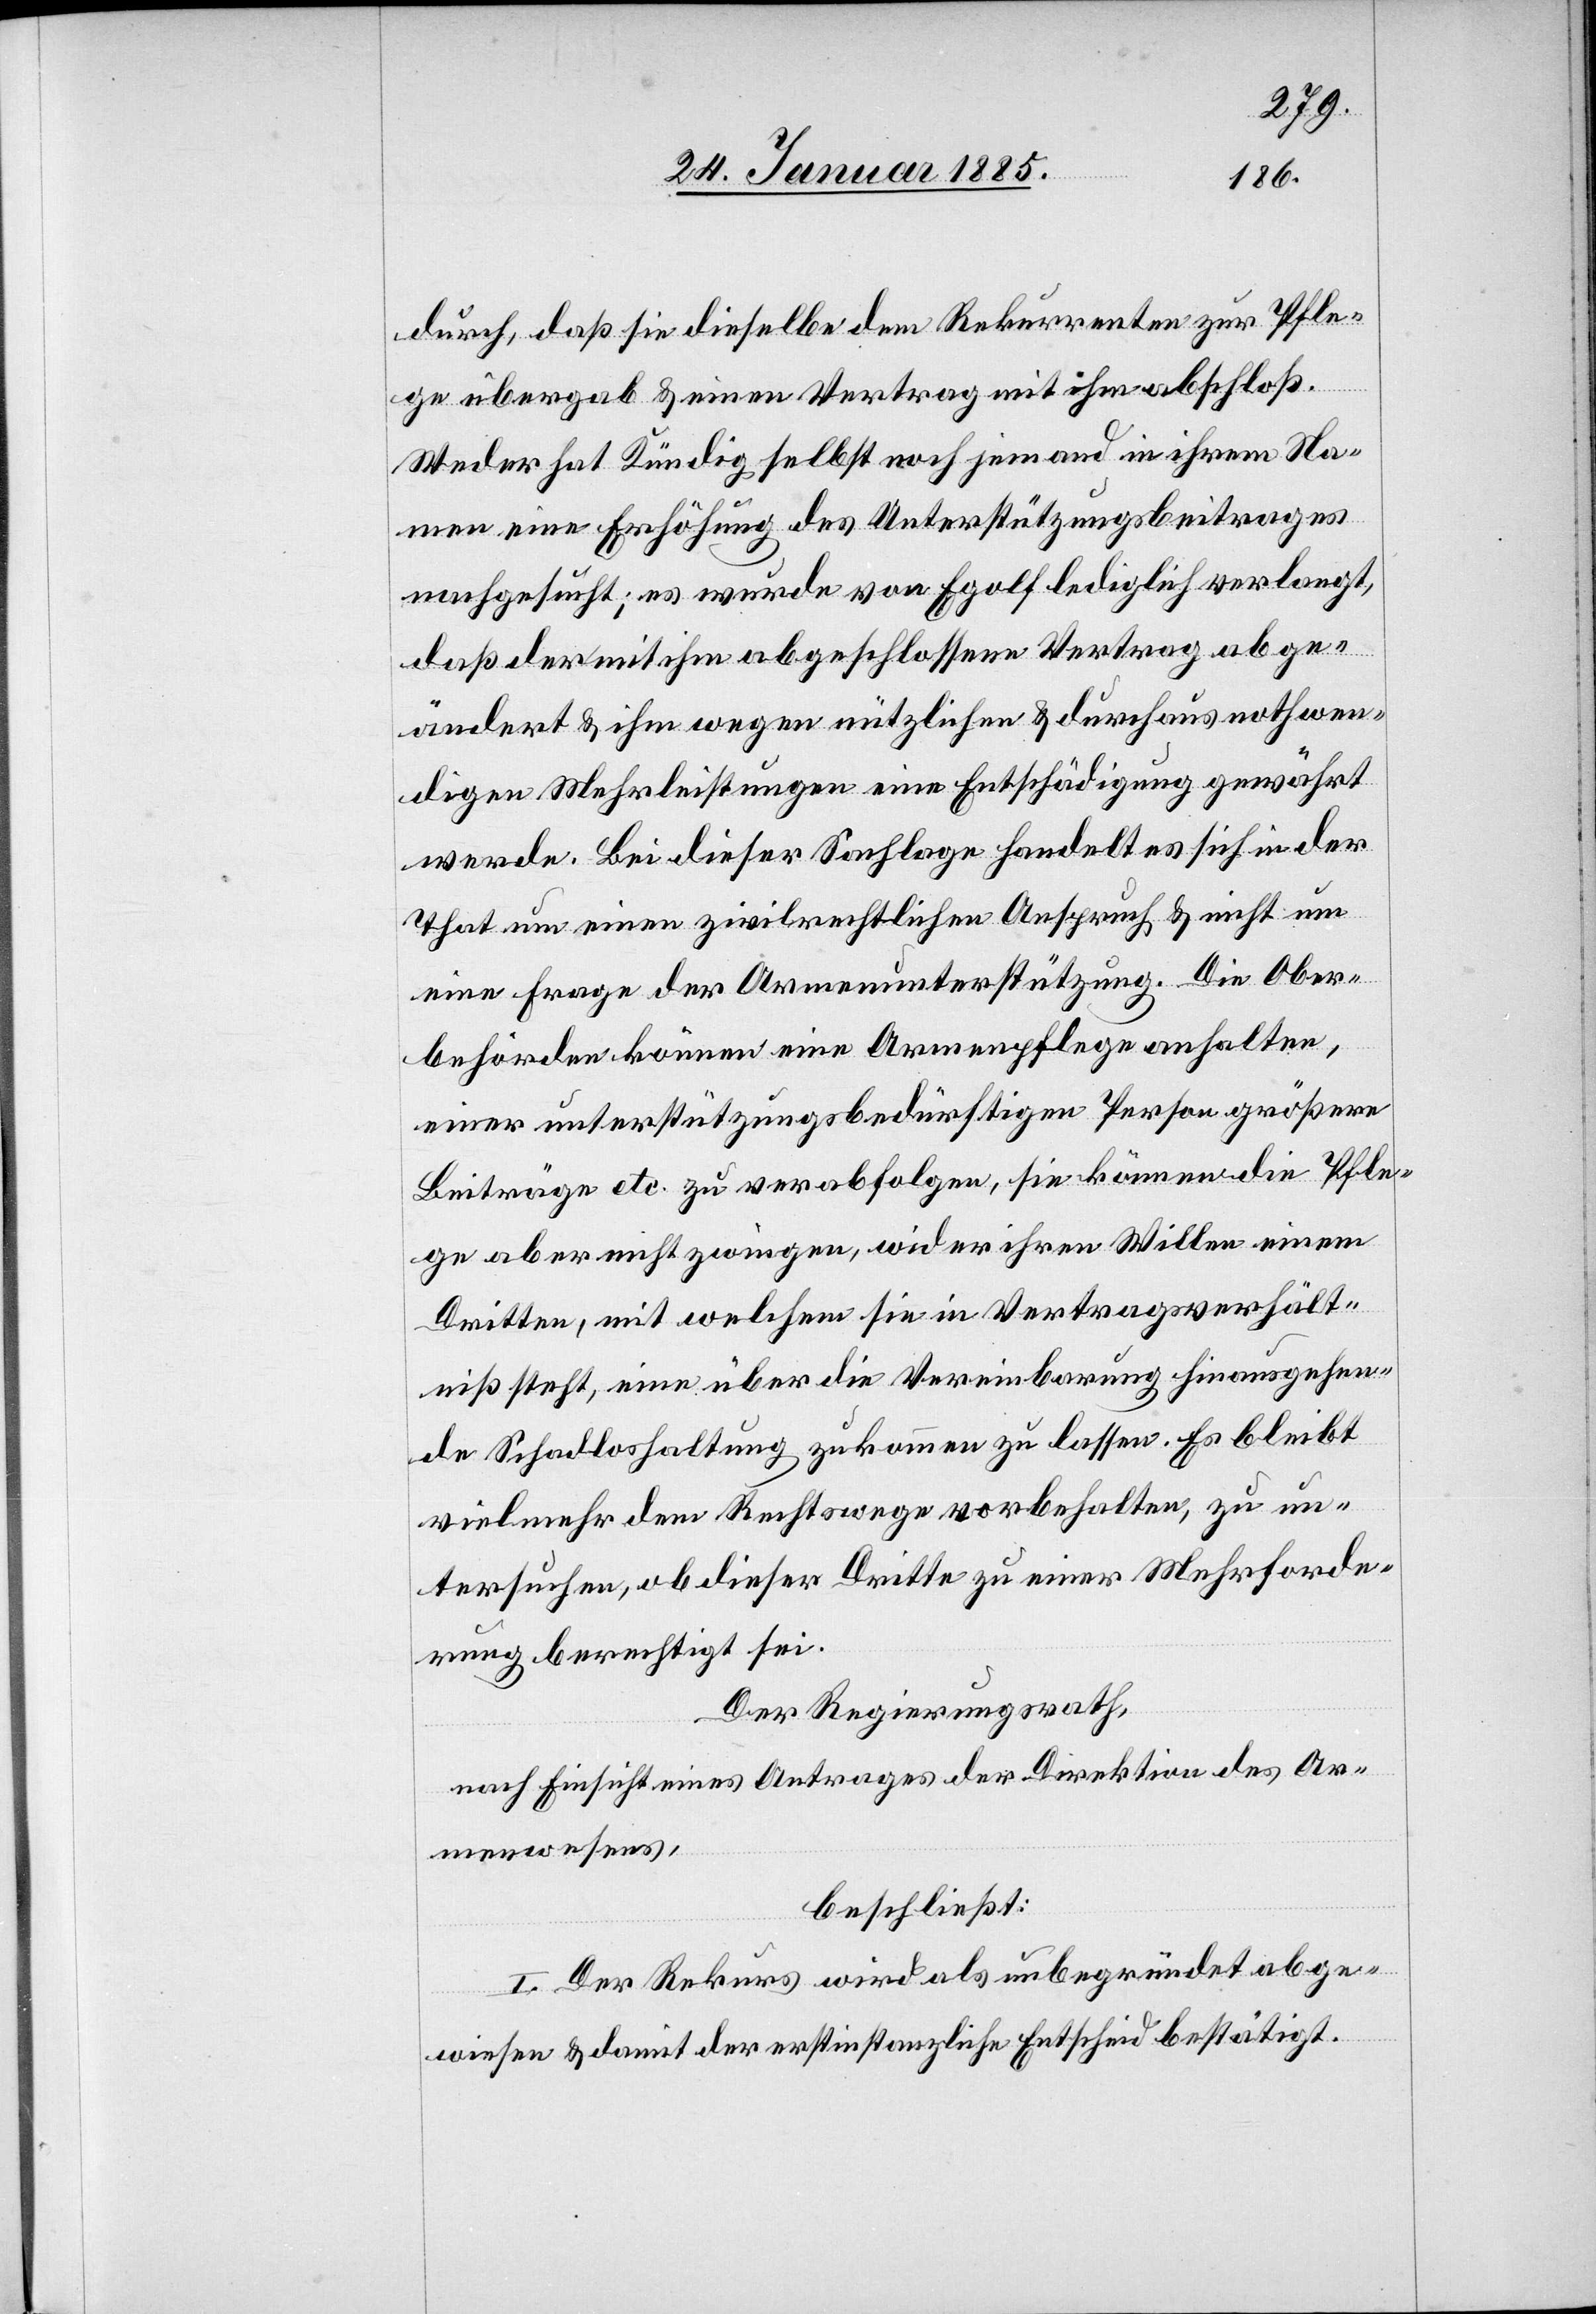
durch, daß sie dieselbe dem Rekurrenten zur Pfle¬
ge übergab & einen Vertrag mit ihr abschloß.
Weder hat Kündig selbst noch jemand in ihrem Na¬
men eine Erhöhung des Unterstützungsbeitrages
nachgesucht; es wurde von Egolf lediglich verlangt,
daß der mit ihm abgeschlossene Vertrag abge¬
ändert & ihm wegen nützlichen & durchaus nothwen¬
digen Mehrleistungen eine Entschädigung gewährt
werde. Bei dieser Sachlage handelt es sich in der
That um einen zivilrechtlichen Anspruch & nicht um
eine Frage der Armenunterstützung. Die Ober¬
behörden können eine Armenpflege anhalten,
einer unterstützungsbedürftigen Person größere
Beiträge etc. zu verabfolgen, sie können die Pfle¬
ge aber nicht zwingen, wider ihren Willen einem
Dritten, mit welchem sie in Vertragsverhält¬
niß steht, eine über die Vereinbarung hinausgehen¬
de Schadloshaltung zukommen zu lassen. Es bleibt
vielmehr dem Rechtswege vorbehalten, zu un¬
tersuchen, ob dieser Dritte zu einer Mehrforde¬
rung berechtigt sei.
Der Regierungsrath,
nach Einsicht eines Antrages der Direktion des Ar¬
menwesens,
beschließt:
I. Der Rekurs wird als unbegründet abge¬
wiesen & damit der erstinstanzliche Entscheid bestätigt.